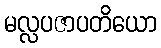
မလ္လပဇာပတိယော